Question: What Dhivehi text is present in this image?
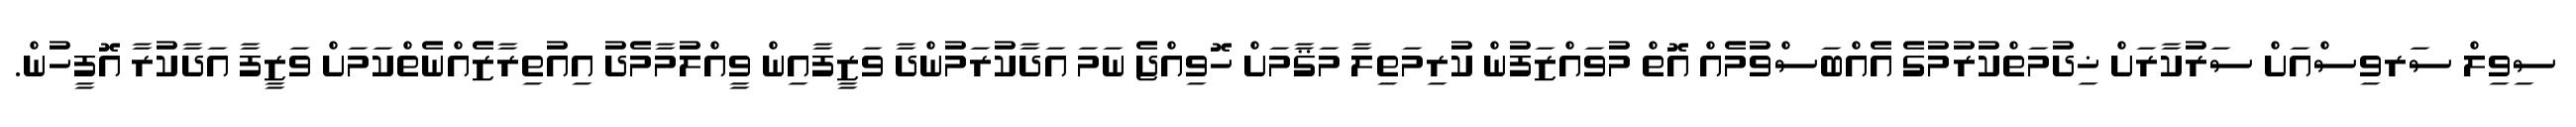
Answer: ސިވިލް ސަރވިސްއަށް ސަރުކާރަށް ޚިދުމަތްކުރުމުގެ އެއްބަސްވުމެއް އޮތް މުވައްޒަފުން ކުރިމަތިލާ މަޤާމަށް ހޮވިއްޖެ ނަމަ އަދާކުރަމުންދާ ވަޒީފާއިން ވީއްލުމާމެދު އިއުތިރާޒެއްނެތްކަމަށް ވަޒީފާ އަދާކުރާ އޮފީހުން.